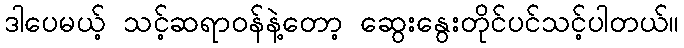
ဒါပေမယ့် သင့်ဆရာဝန်နဲ့တော့ ဆွေးနွေးတိုင်ပင်သင့်ပါတယ်။